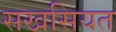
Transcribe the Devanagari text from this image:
सखसियत